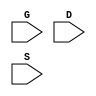
`timescale 1ns/1ps
`celldefine
module PMT1 (G, D, S);
input G;
input D;
input S;



endmodule
`endcelldefine